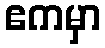
ဧကမှာ